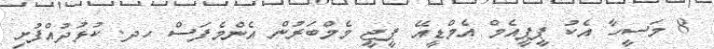
8 މަސީހާ އެކު ޕީޕީއެމް އެމްޑީއޭ ޕީޖީ މެމްބަރުން އެންމެފަސް ހދ. ކުޅުދުއްފުށި